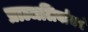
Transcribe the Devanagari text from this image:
प्राञ्जलिर्वाक्यं